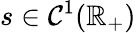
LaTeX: s\in\mathcal{C}^{1}(\mathbb{R}_{+})